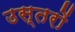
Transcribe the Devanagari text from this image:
उस्तरों